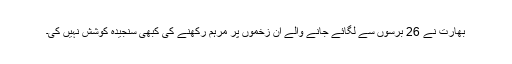
بھارت نے 26 برسوں سے لگائے جانے والے ان زخموں پر مرہم رکھنے کی کبھی سنجیدہ کوشش نہیں کی۔